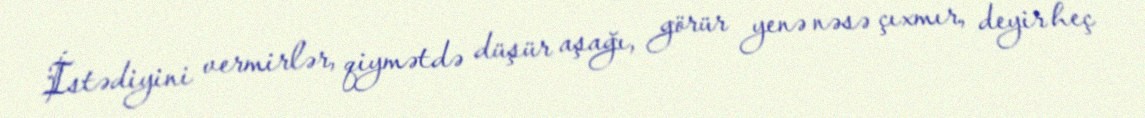
İstədiyini vermirlər, qiymətdə düşür aşağı, görür yenə nəsə çıxmır, deyir heç